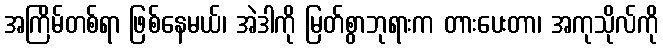
အကြိမ်တစ်ရာ ဖြစ်နေမယ်၊ အဲဒါကို မြတ်စွာဘုရားက တားပေးတာ၊ အကုသိုလ်ကို